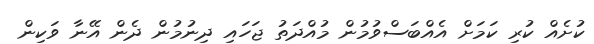
ކުށެއް ކުރި ކަމަށް އެއްބަސްވުމުން މުއްދަތު ޖަހައި ދިނުމުން ދެން އޭނާ ވަކިން